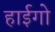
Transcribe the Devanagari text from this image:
हाईगो